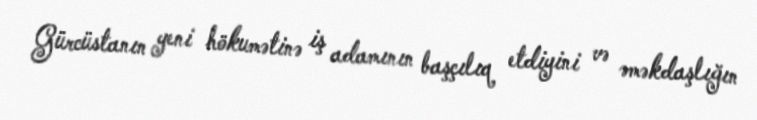
Gürcüstanın yeni hökumətinə iş adamının başçılıq etdiyini və əməkdaşlığın